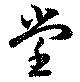
堂